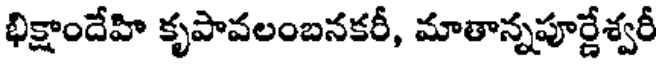
భిక్షాందేహి కృపావలంబనకరీ, మాతాన్నపూర్ణేశ్వరీ